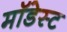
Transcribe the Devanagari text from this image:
मॉडेस्ट